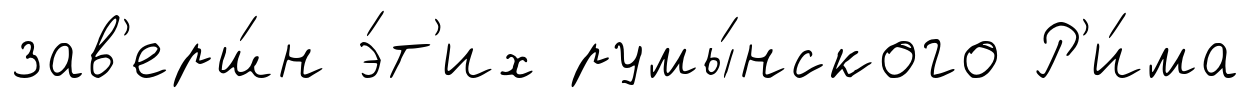
зав'ерш́н э́т'их румы́нского Р'и́ма